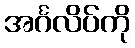
အင်္ဂလိပ်ကို